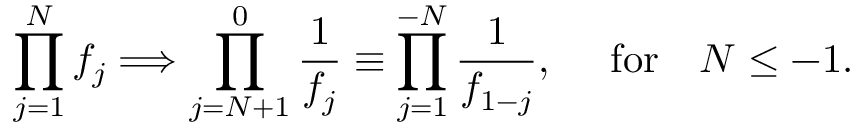
\prod _ { j = 1 } ^ { N } f _ { j } \Longrightarrow \prod _ { j = N + 1 } ^ { 0 } { \frac { 1 } { f _ { j } } } \equiv \prod _ { j = 1 } ^ { - N } { \frac { 1 } { f _ { 1 - j } } } , \quad \mathrm { ~ f o r } \quad N \leq - 1 .